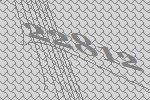
22812